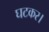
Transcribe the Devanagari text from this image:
घटकर।